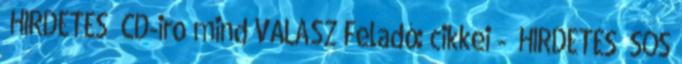
HIRDETES CD-iro mind VÁLASZ Feladó: cikkei - HIRDETES SOS